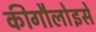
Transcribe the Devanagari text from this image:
कीगौलोइसे